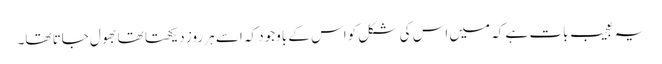
یہ عجیب بات ہے کہ میں اس کی شکل کو اس کے باوجود کہ اسے ہر روز دیکھتا تھا بھول جاتا تھا۔